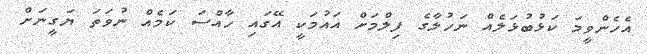
އެހެންވީމަ ކަޅުބުޅަލެއް ނަހުލާގެ ފިލްމަށް އައުމަކީ އޭގައި ހާއްސަ ކަމެއް ނުވަތަ ޔަގީނަށް